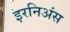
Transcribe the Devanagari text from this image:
इरनिअंस